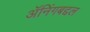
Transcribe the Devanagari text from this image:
ॲनिंगबद्दल